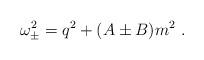
LaTeX: \begin{align*}\omega_{\pm}^{2} = q^{2} + (A\pm B) m^{2}\ .\end{align*}